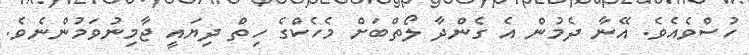
ހުސްވެއެވެ. އޭނާ ދެމުން އެ ގެންދާ ލޯތްބަށް މެހެކްގެ ހިތް ދިޔައީ ޖާމިނުވަމުންނެވެ.